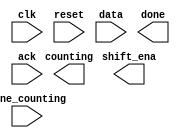
module top_module (
    input clk,
    input reset,      // Synchronous reset
    input data,
    output shift_ena,
    output counting,
    input done_counting,
    output done,
    input ack );

endmodule